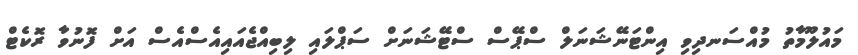
މައުލޫމާތު މުއްސަނދިވި އިންޓަނޭޝަނަލް ސްޕޭސް ސްޓޭޝަނަށް ސަޕްލައި ލިބިއްޖެއައިއެސްއެސް އަށް ފޮނުވާ ރޮކެޓް